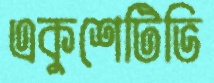
একুশেটিভি